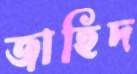
জাহিদ